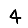
Digit: 4